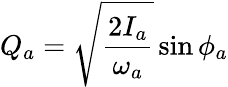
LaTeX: Q_{a}=\sqrt{\frac{2I_{a}}{\omega_{a}}}\sin\phi_{a}